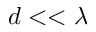
d < < \lambda